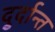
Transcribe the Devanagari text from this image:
दु्र्दान्त